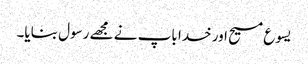
یسوع مسیح اور خدا باپ نے مجھے رسول بنایا۔